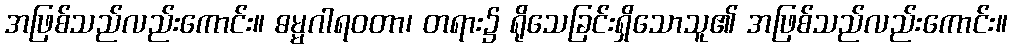
အဖြစ်သည်လည်းကောင်း။ ဓမ္မဂါရဝတာ၊ တရား၌ ရိုသေခြင်းရှိသောသူ၏ အဖြစ်သည်လည်းကောင်း။